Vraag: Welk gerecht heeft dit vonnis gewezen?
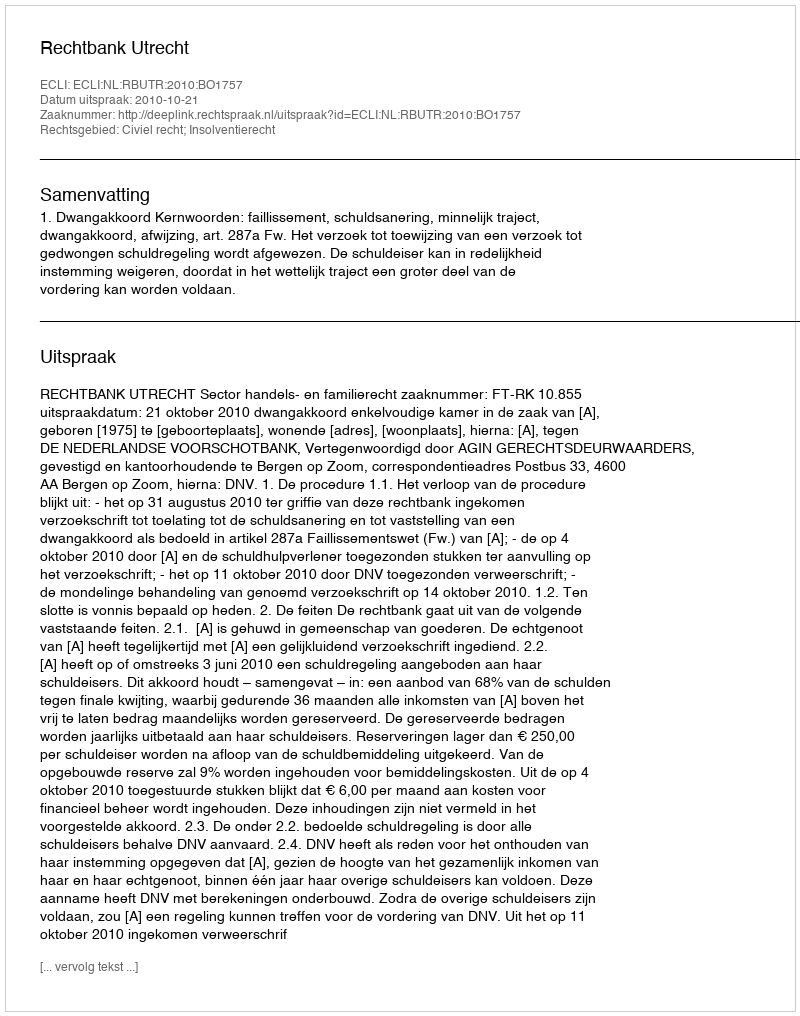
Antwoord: Rechtbank Utrecht